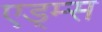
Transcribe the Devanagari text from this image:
एड्म्स